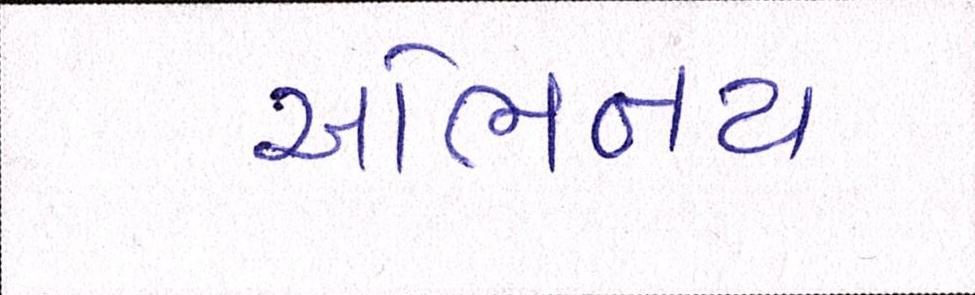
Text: અભિનય